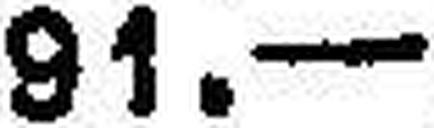
91.—